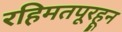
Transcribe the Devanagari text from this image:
रहिमतपूरहून